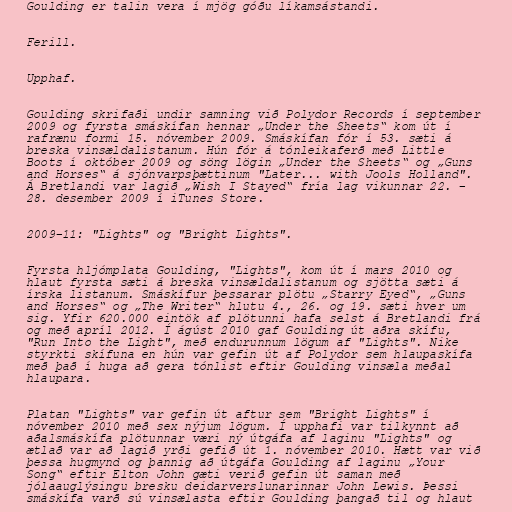
Goulding er talin vera í mjög góðu líkamsástandi.

Ferill.

Upphaf.

Goulding skrifaði undir samning við Polydor Records í september
2009 og fyrsta smáskífan hennar „Under the Sheets“ kom út í
rafrænu formi 15. nóvember 2009. Smáskífan fór í 53. sæti á
breska vinsældalistanum. Hún fór á tónleikaferð með Little
Boots í október 2009 og söng lögin „Under the Sheets“ og „Guns
and Horses“ á sjónvarpsþættinum "Later... with Jools Holland".
Á Bretlandi var lagið „Wish I Stayed“ fría lag vikunnar 22. –
28. desember 2009 í iTunes Store.

2009–11: "Lights" og "Bright Lights".

Fyrsta hljómplata Goulding, "Lights", kom út í mars 2010 og
hlaut fyrsta sæti á breska vinsældalistanum og sjötta sæti á
írska listanum. Smáskífur þessarar plötu „Starry Eyed“, „Guns
and Horses“ og „The Writer“ hlutu 4., 26. og 19. sæti hver um
sig. Yfir 620.000 eintök af plötunni hafa selst á Bretlandi frá
og með apríl 2012. Í ágúst 2010 gaf Goulding út aðra skífu,
"Run Into the Light", með endurunnum lögum af "Lights". Nike
styrkti skífuna en hún var gefin út af Polydor sem hlaupaskífa
með það í huga að gera tónlist eftir Goulding vinsæla meðal
hlaupara.

Platan "Lights" var gefin út aftur sem "Bright Lights" í
nóvember 2010 með sex nýjum lögum. Í upphafi var tilkynnt að
aðalsmáskífa plötunnar væri ný útgáfa af laginu "Lights" og
ætlað var að lagið yrði gefið út 1. nóvember 2010. Hætt var við
þessa hugmynd og þannig að útgáfa Goulding af laginu „Your
Song“ eftir Elton John gæti verið gefin út saman með
jólaauglýsingu bresku deidarverslunarinnar John Lewis. Þessi
smáskífa varð sú vinsælasta eftir Goulding þangað til og hlaut